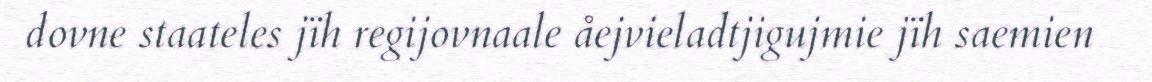
dovne staateles jïh regijovnaale åejvieladtjigujmie jïh saemien